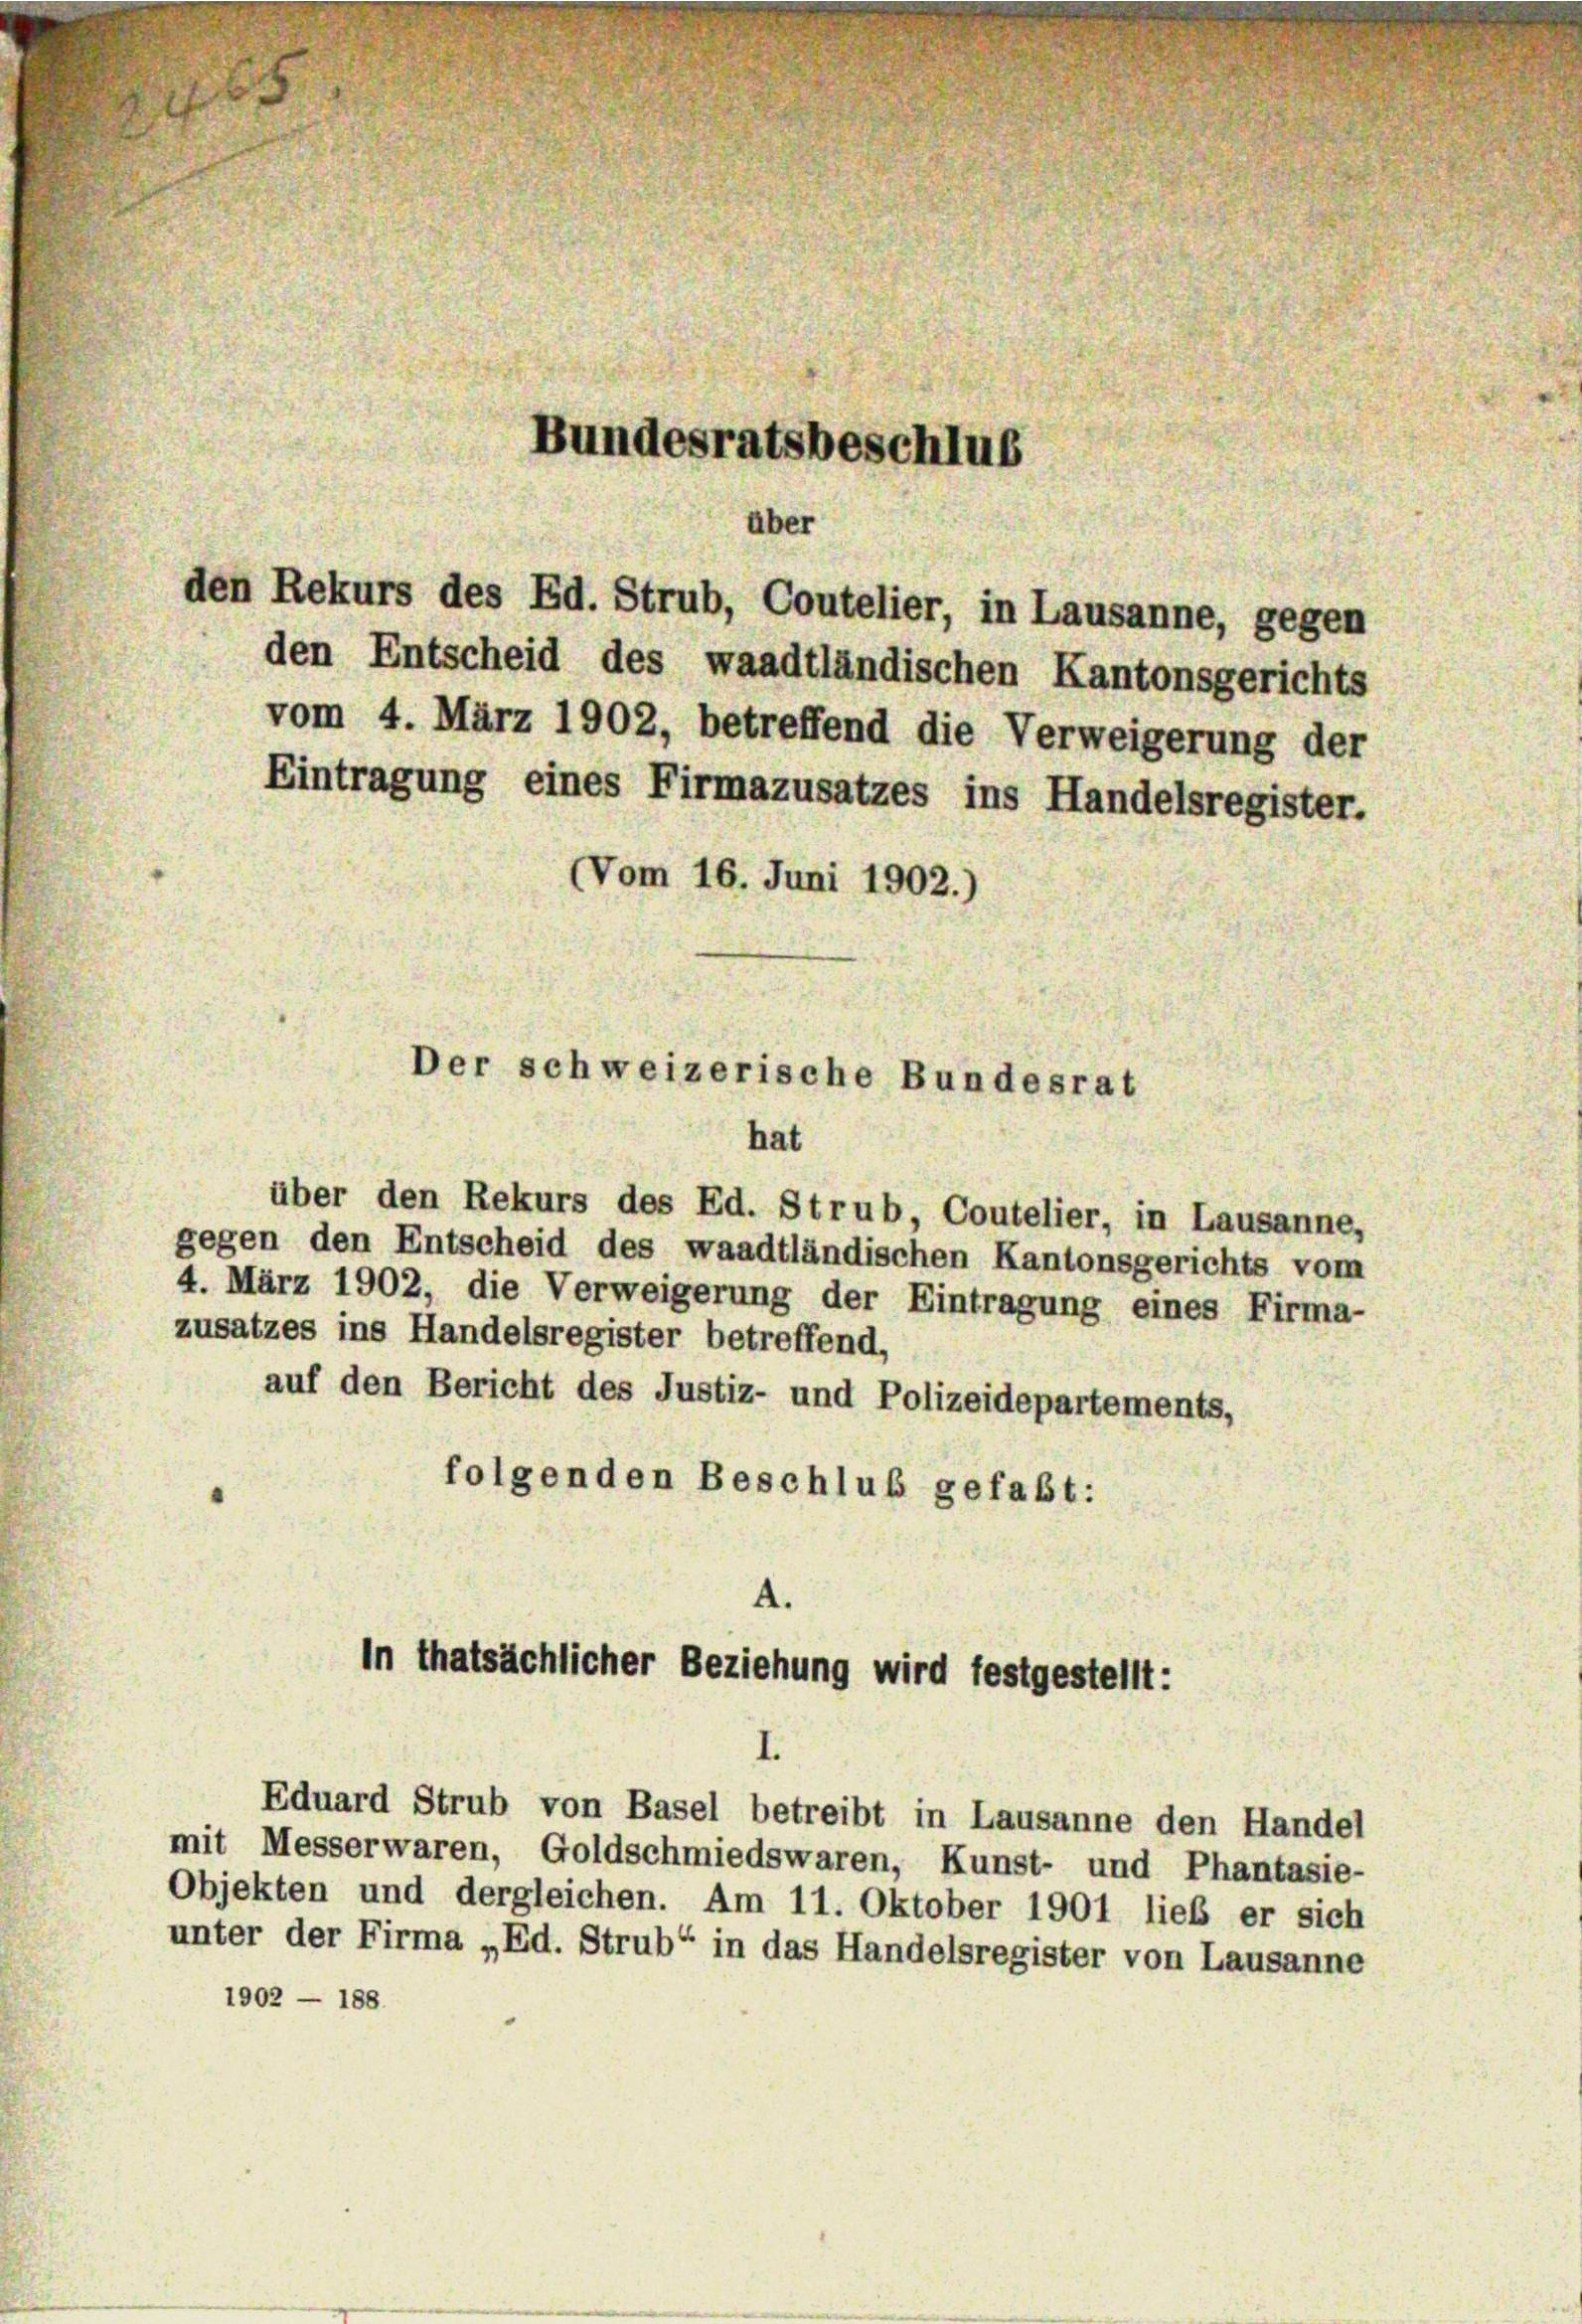
Bundesratsbeschlus
über
den Entscheid des waadtländischen Kantonsgerichts
vom 4. März 1902, betreffend die Verweigerung der
Eintragung eines Firmazusatzes ins Handelsregister.
(Vom 16. Juni 1902.)
Der schweizerische Bundesrat

über den Rekurs des Ed. Strub, Coutelier, in Lausanne,
gegen den Entscheid des waadtländischen Kantonsgerichts vom
4. März 1902, die Verweigerung der Eintragung eines Firma-
zusatzes ins Handelsregister betreffend,
auf den Bericht des Justiz- und Polizeidepartements,
folgenden Beschlub gefaßt:

A.
in thatsächlicher Beziehung wird festgestellt:

hat

den Rekurs des Ed. Strub, Coutelier, in Lausanne, gegen

Eduard Strub von Basel betreibt in Lausanne den Handel
mit Messer waren, Goldschmiedswaren, Kunst- und Phantasie-
Objekten und dergleichen. Am 11. Oktober 1901 lieb er sich
unter der Firma „Ed. Strub“ in das Handelsregister von Lausanne
1902 - 188